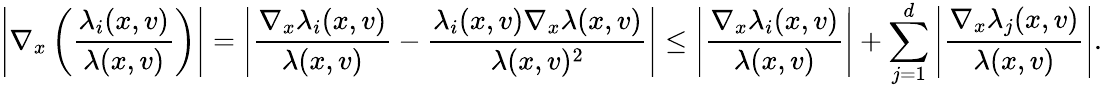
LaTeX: \left\lvert\nabla_{x}\left(\frac{\lambda_{i}(x,v)}{\lambda(x,v)}\right)\right\rvert=\left\lvert\frac{\nabla_{x}\lambda_{i}(x,v)}{\lambda(x,v)}-\frac{\lambda_{i}(x,v)\nabla_{x}\lambda(x,v)}{\lambda(x,v)^{2}}\right\rvert\leq\left\lvert\frac{\nabla_{x}\lambda_{i}(x,v)}{\lambda(x,v)}\right\rvert+\sum_{j=1}^{d}\left\lvert\frac{\nabla_{x}\lambda_{j}(x,v)}{\lambda(x,v)}\right\rvert.